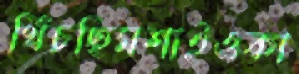
খিঁচছিমশাইওকা